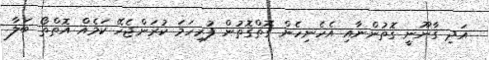
އަދި ގާނޫނީ ގޮތުންނާއި އެހެނިހެން ގޮތްގޮތުން ފުރިހަމަ ކުރަންޖެހޭ ކަމެއް އޮތްތޯ ބަލާ